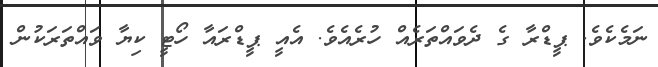
ނަމެކެވެ. ޕީޑްރާ ގެ ދެވައްތަރެއް ހުރެއެވެ. އެއީ ޕީޑްރައާ ހޯޓީ ކިޔާ ވައްތަރަކުން